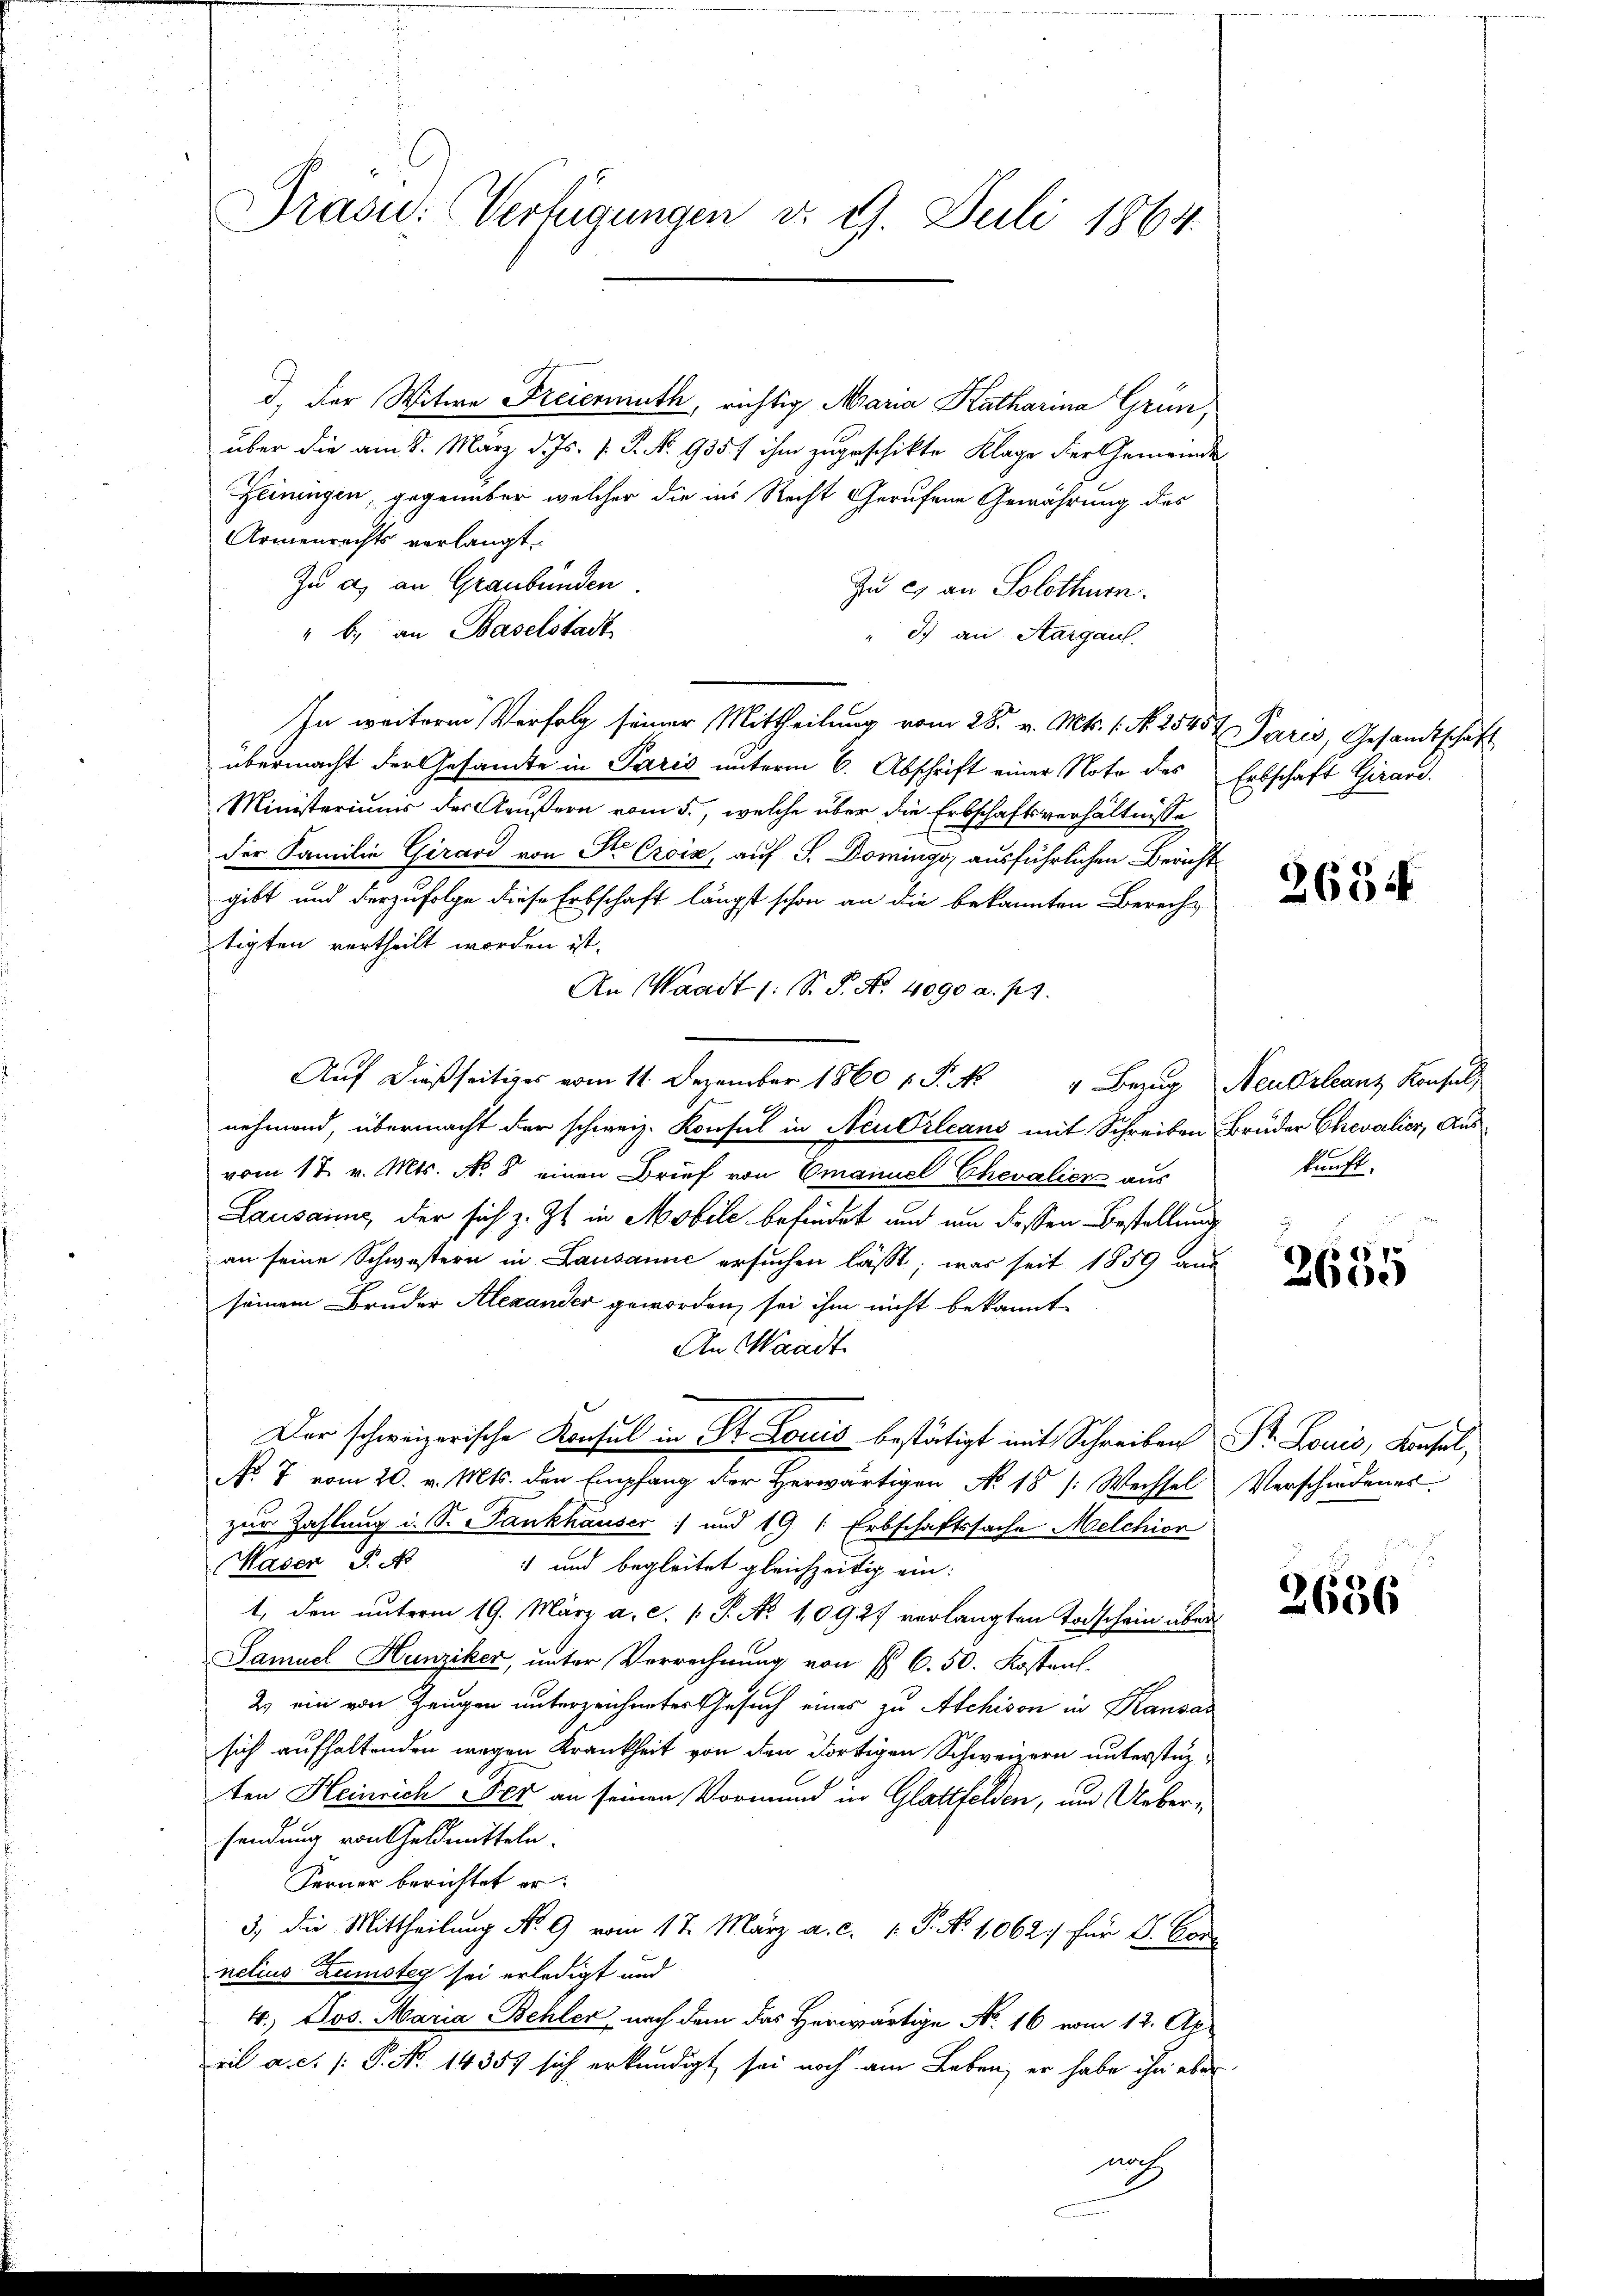
d. der Witwe Freiermuth, richtig Maria Katharina Grün,
über die am 8. März d. Js. f. P. No. 935 f ihm zugeschikte Klage der Gemeinde
Geiningen, gegenüber welcher die ins Recht gerufene Gewährung des
Armenrechts verlangt.
Zn a) an Graubünden.
Zu c) an Solothurn.
" b.) an Baselstadt
I.) an Aargau.
In weitere Verfolg seiner Mittheilung vom 28. v. Mts. 1. N. 2545 t Paris, Gesandtschaft
übermacht der Gesamte in Paris unterm 6. Abschrift einer Note des Erbschaft Girard-
Ministeriums der Aeußern vom 5., welche über die Erbschaftsverhältnisse
der Familie Girard von St. Croix, auf S. Domings ausführlichen Bericht
gibt und derzufolge diese Erbschaft längst schon an die bekannten Berechtigten vertheilt worden ist.
An Waadt (: St. P. Nr. 4090 a. pr.
Auf dießseitiges vom 11. Dezember 1860 1 S. Nr. 4 Bezug Neubrleanz Konsul
nehmend, übermacht der schweiz. Konsul in Neu Orleans mit Schreiben Bruder Chevalier, Ausvom 17. v. Mts. N. 8 einen Brief von Emanuel Chevalier aus
Lausanne, der sich z. Zt. in Mobile befindet aud um dessen Bestellung
an seine Schwestern in Lausanne ersuchen lässt; was seit 1859 aus
seinem Bruder Alexander geworden, sei ihm nicht bekannt
An Waadt
Der schweizerische Konsul in St. Louis bestätigt mit Schreiben Sr. Louis, Konsul,
No 7 vom 20. v. Mts. den Empfang der Herwärtigen No. 18 [Wechsel Verschiedenes
zur Zahlung u. S. Pankhauser und 19 : Erbschaftssache Melchior
Waser P. Nr. 1 und begleitet gleichzeitig ein:
1, den unterm 19. März a. c. 1. P. No 10927 verlangten Todschein über
Samuel Hunziker, unter Verrechnung von § 6. 50. Kosten.
2. ein von Zeugen unterzeichnetes Gesuch eines zu Archison in Kansaz
sich aufhaltenden wegen Krankheit von den dortigen Schweizern unterstüzten Heinrich Fer an seinen Vormund in Glattfelden, um Uebersendung von Geldmitteln.
Ferner berichtet er
3, die Mittheilung Nr. 9 vom 17. März a. c. 1 P. Nr. 1062.) für V. Con
A
nelius Zamsteg sei erledigt und
4.) Jos. Maria Behler nach dem das Herwärtige No. 16 vom 12. Ap
Teil a. c. /: P. No. 14357 sich erkundigt sei noch am Leben, er habe ihn aber
nach

Präsid.: Verfügungen v. 9. Juli 1864.

2654

kunft.

g

e
2600

2636